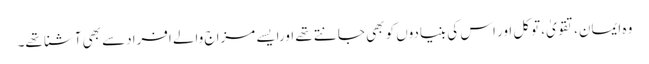
وہ ایمان،تقویٰ، توکل اور اس کی بنیادوں کو بھی جانتے تھے اورایسے مزاج والے افرادسے بھی آشنا تھے۔